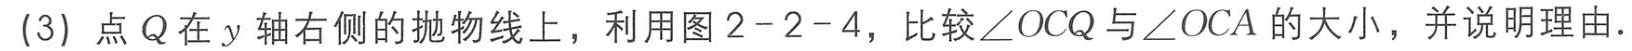
(3) 点 \(Q\) 在 \(y\) 轴右侧的抛物线上，利用图 \(2 - 2 - 4\)，比较\(\angle OCQ\) 与\(\angle OCA\) 的大小，并说明理由.